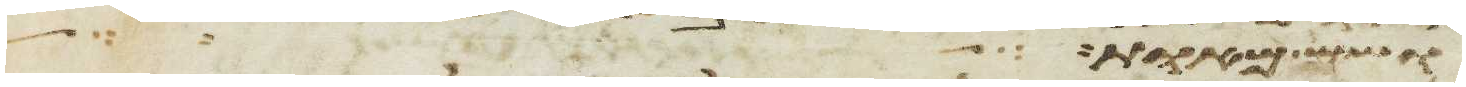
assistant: ושש מאות לבני